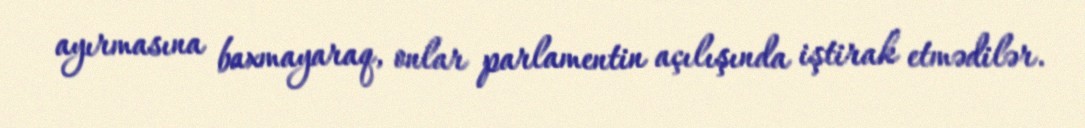
ayırmasına baxmayaraq, onlar parlamentin açılışında iştirak etmədilər.